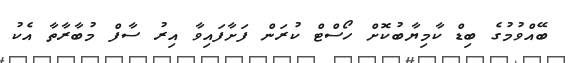
ބޭއްވުމުގެ ބިޑް ކާމިޔާބުކޮށް ހޯސްޓް ކުރަން ފަށާފައިވާ އިރު ސާފް މުބާރާތާ އެކު